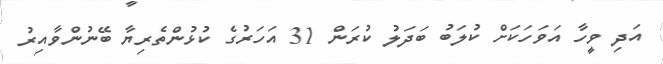
އަދި ވީހާ އަވަހަކަށް ކުލަބު ބަދަލު ކުރަން 31 އަހަރުގެ ކުޅުންތެރިޔާ ބޭނުންވާއިރު